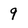
Character: 9